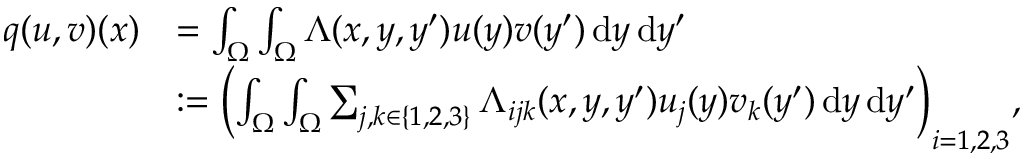
\begin{array} { r l } { q ( u , v ) ( x ) } & { = \int _ { \Omega } \int _ { \Omega } \Lambda ( x , y , y ^ { \prime } ) u ( y ) v ( y ^ { \prime } ) \mathop { \mathrm { d } y } \mathop { \mathrm { d } y ^ { \prime } } } \\ & { \mathrel { \mathop : } = \biggl ( \int _ { \Omega } \int _ { \Omega } \sum _ { j , k \in \{ 1 , 2 , 3 \} } \Lambda _ { i j k } ( x , y , y ^ { \prime } ) u _ { j } ( y ) v _ { k } ( y ^ { \prime } ) \mathop { \mathrm { d } y } \mathop { \mathrm { d } y ^ { \prime } } \biggr ) _ { i = 1 , 2 , 3 } , } \end{array}